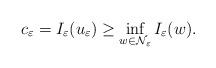
LaTeX: \begin{align*}c_\varepsilon=I_\varepsilon(u_\varepsilon)\geq \inf\limits_{w\in \mathcal{N}_\varepsilon}I_\varepsilon(w).\end{align*}